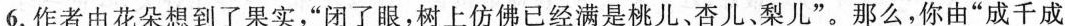
6.作者由花朵想到了果实，”闭了眼，树上仿佛已经满是桃儿、杏儿、梨儿”。那么，你由”成千成